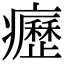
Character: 癧